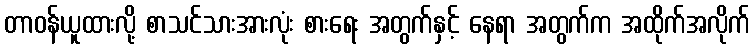
တာဝန်ယူထားလို့ စာသင်သားအားလုံး စားရေး အတွက်နှင့် နေရာ အတွက်က အထိုက်အလိုက်